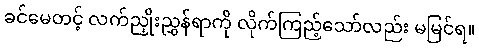
ခင်မေတင့် လက်ညှိုးညွှန်ရာကို လိုက်ကြည့်သော်လည်း မမြင်ရ။